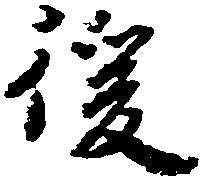
後